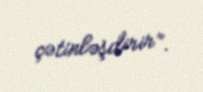
çətinləşdirir”.